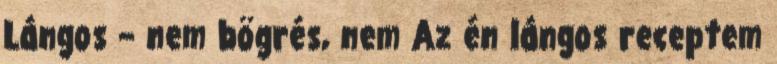
Lángos – nem bögrés, nem Az én lángos receptem